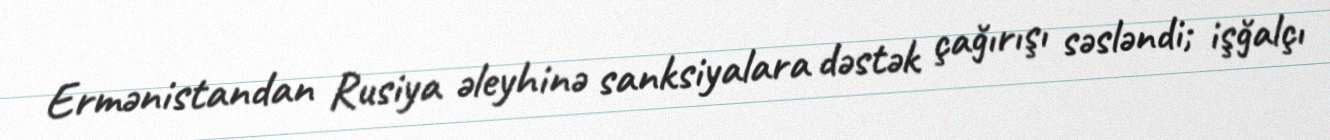
Ermənistandan Rusiya əleyhinə sanksiyalara dəstək çağırışı səsləndi; işğalçı